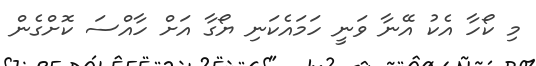
މި ކޯހާ އެކު އޭނާ ވަނީ ހަމައެކަނި ޔޯގާ އަށް ހާއްސަ ކޮށްގެން